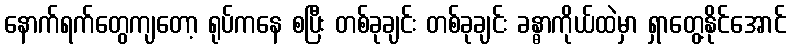
နောက်ရက်တွေကျတော့ ရုပ်ကနေ စပြီး တစ်ခုချင်း တစ်ခုချင်း ခန္ဓာကိုယ်ထဲမှာ ရှာတွေ့နိုင်အောင်